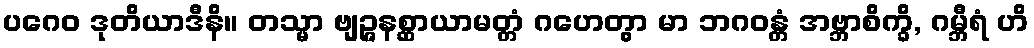
ပဂေဝ ဒုတိယာဒီနိ။ တသ္မာ ဗျဉ္ဇနစ္ဆာယာမတ္တံ ဂဟေတွာ မာ ဘဂဝန္တံ အဗ္ဘာစိက္ခိ, ဂမ္ဘီရံ ဟိ